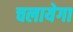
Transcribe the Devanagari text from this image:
चलायेगा